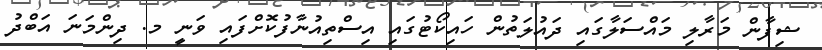
ޝިފާން މަރާލި މައްސަލާގައި ދައުލަތުން ހައިކޯޓުގައި އިސްތިއުނާފުކޮށްފައި ވަނީ މ. ދިންމަނަ އަބްދު